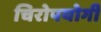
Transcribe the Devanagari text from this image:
चिरोपयोगी